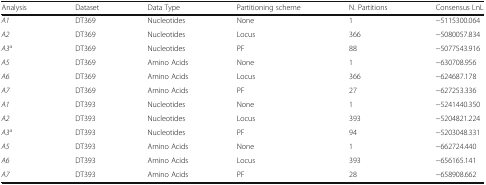
| Analysis | Dataset | Data Type | Partitioning scheme | N. Partitions | Consensus LnL |
 | --- | --- | --- | --- | --- | --- |
 | A1 | DT369 | Nucleotides | None | 1 | −5115300.064 |
 | A2 | DT369 | Nucleotides | Locus | 366 | −5080057.834 |
 | A3a | DT369 | Nucleotides | PF | 88 | −5077543.916 |
 | A5 | DT369 | Amino Acids | None | 1 | −630708.956 |
 | A6 | DT369 | Amino Acids | Locus | 366 | −624687.178 |
 | A7 | DT369 | Amino Acids | PF | 27 | −627253.336 |
 | A1 | DT393 | Nucleotides | None | 1 | −5241440.350 |
 | A2 | DT393 | Nucleotides | Locus | 393 | −5204821.224 |
 | A3a | DT393 | Nucleotides | PF | 94 | −5203048.331 |
 | A5 | DT393 | Amino Acids | None | 1 | −662724.440 |
 | A6 | DT393 | Amino Acids | Locus | 393 | −656165.141 |
 | A7 | DT393 | Amino Acids | PF | 28 | −658908.662 |